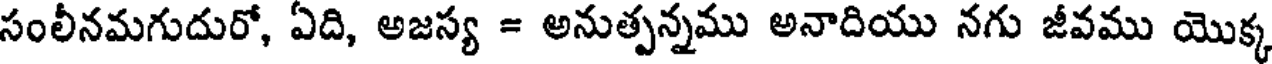
సంలీనమగుదురో, ఏది, అజస్య = అనుత్పన్నము అనాదియు నగు జీవము యొక్క